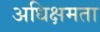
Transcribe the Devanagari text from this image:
अधिक्षमता